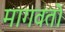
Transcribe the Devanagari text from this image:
मागवतो